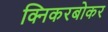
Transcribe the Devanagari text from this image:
क्निकरबोकर